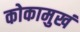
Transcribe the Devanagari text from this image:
कोकामुखं